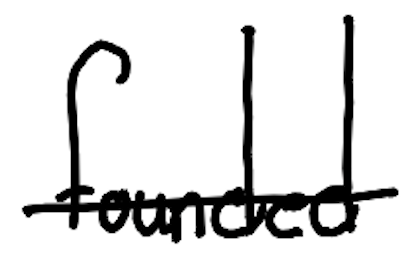
Text: founded
Cross-out: single-line
Writing tool: digital_black